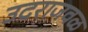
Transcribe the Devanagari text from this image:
उदराजवळ